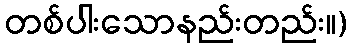
တစ်ပါးသောနည်းတည်း။)